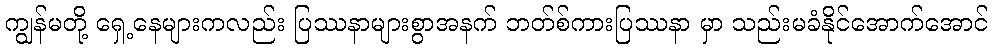
ကျွန်မတို့ ရှေ့နေများကလည်း ပြဿနာများစွာအနက် ဘတ်စ်ကားပြဿနာ မှာ သည်းမခံနိုင်အောက်အောင်